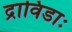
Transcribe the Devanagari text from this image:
द्राविडाः